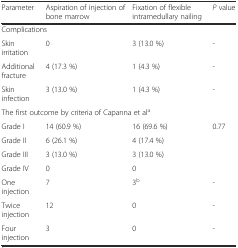
<table><thead><tr><td><b>Parameter</b></td><td><b>Aspiration of injection of bone marrow</b></td><td><b>Fixation of flexible intramedullary nailing</b></td><td><b><i>P</i> value</b></td></tr></thead><tbody><tr><td colspan="4">Complications</td></tr><tr><td>Skin irritation</td><td>0</td><td>3 (13.0 %)</td><td>-</td></tr><tr><td>Additional fracture</td><td>4 (17.3 %)</td><td>1 (4.3 %)</td><td>-</td></tr><tr><td>Skin infection</td><td>3 (13.0 %)</td><td>1 (4.3 %)</td><td>-</td></tr><tr><td colspan="4">The first outcome by criteria of Capanna et al<sup>a</sup></td></tr><tr><td>Grade I</td><td>14 (60.9 %)</td><td>16 (69.6 %)</td><td rowspan="4">0.77</td></tr><tr><td>Grade II</td><td>6 (26.1 %)</td><td>4 (17.4 %)</td></tr><tr><td>Grade III</td><td>3 (13.0 %)</td><td>3 (13.0 %)</td></tr><tr><td>Grade IV</td><td>0</td><td>0</td></tr><tr><td>One injection</td><td>7</td><td>3<sup>b</sup></td><td>-</td></tr><tr><td>Twice injection</td><td>12</td><td>0</td><td>-</td></tr><tr><td>Four injection</td><td>3</td><td>0</td><td>-</td></tr></tbody></table>